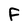
Character: F